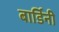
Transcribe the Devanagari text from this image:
बार्डिनी